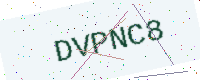
Text: DVPNC8